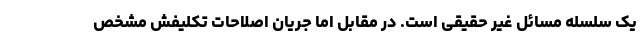
یک سلسله مسائل غیر حقیقی است. در مقابل اما جریان اصلاحات تکلیفش مشخص